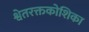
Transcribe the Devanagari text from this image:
श्वेतरक्तकोशिका